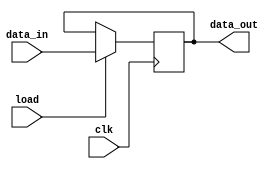
`timescale 1ns / 1ps
//////////////////////////////////////////////////////////////////////////////////
// Company: 
// Engineer: 
// 
// Design Name: 
// Module Name:    PIPO 
// Project Name: 
// Target Devices: 
// Tool versions: 
// Description: 
//
// Dependencies: 
//
// Revision: 
// Revision 0.01 - File Created
// Additional Comments: 
//
//////////////////////////////////////////////////////////////////////////////////
module PIPO(data_out,data_in,load,clk);
input [15:0] data_in;
input load,clk;
output reg [15:0] data_out;
always @(posedge clk)
if(load) data_out<=data_in;
endmodule